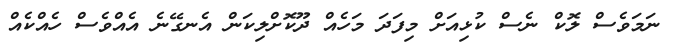
ނަމަވެސް ލޮކް ނެސް ކުޅިއަށް މިފަދަ މަހެއް ދޫކޮށްލިކަން އެނގޭނެ އެއްވެސް ހެއްކެއް